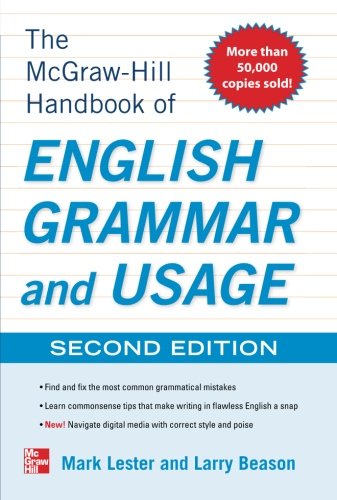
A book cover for McGraw-Hill Handbook of English Grammar and Usage, 2nd Edition; Mark Lester; Test Preparation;